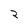
Character: 2